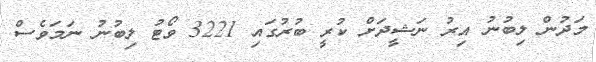
މަދުން ލިބުނު އިރު ނަޝީދަށް ކުރީ ބުރުގައި 3221 ވޯޓު ލިބުނު ނަމަވެސް